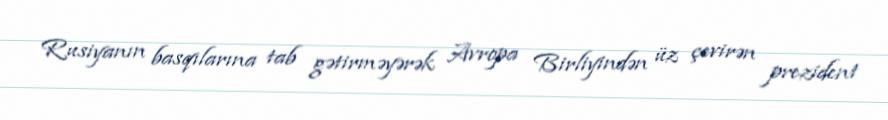
Rusiyanın basqılarına tab gətirməyərək Avropa Birliyindən üz çevirən prezident